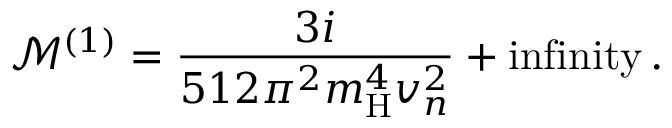
\mathcal { M } ^ { ( 1 ) } = \frac { 3 i } { 5 1 2 \pi ^ { 2 } m _ { \mathrm { H } } ^ { 4 } v _ { n } ^ { 2 } } + \mathrm { i n f i n i t y } \, .